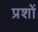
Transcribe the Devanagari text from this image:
प्रशों